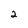
Character: 2